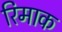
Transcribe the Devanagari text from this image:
रिमाक